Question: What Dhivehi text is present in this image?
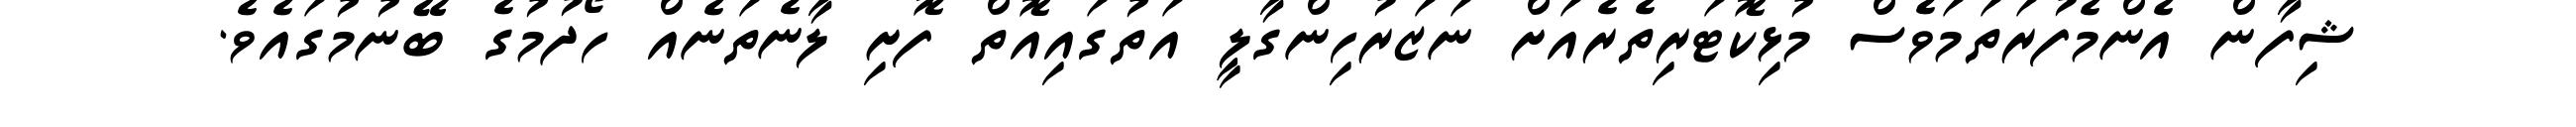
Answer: ޝިފާން އެންމެފުރަތަމަވެސް މުޅިކޮޓަރިތެރެއަށް ނަޒަރުހިންގާލީ އަތުގައިއޮތް ފޮށި ލާނެތަނެއް ހޯދުމުގެ ބޭނުމުގައެވެ.